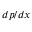
d p / d x